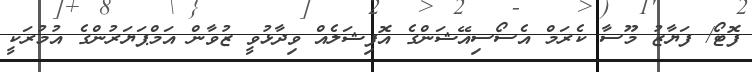
ފޮޓޯ/ ފަޔާޒު މޫސާ ކެރަމް އެސޯސިއޭޝަންގެ އޮފިޝަލެއް ވިދާޅުވީ ޒުވާން އަމްޕަޔަރުންގެ އުމުރަކީ